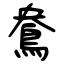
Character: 鴦